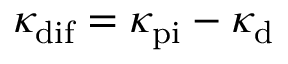
\kappa _ { \mathrm { d i f } } = \kappa _ { \mathrm { p i } } - \kappa _ { \mathrm { d } }